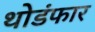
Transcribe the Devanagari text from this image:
थोडंफार